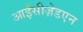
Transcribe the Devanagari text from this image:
आईसीज़ेडएन